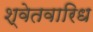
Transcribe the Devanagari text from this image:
श्वेतवारिध